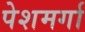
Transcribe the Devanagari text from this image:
पेशमर्गा